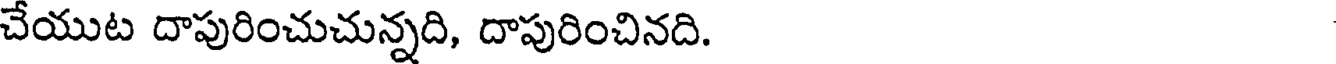
చేయుట దాపురించుచున్నది, దాపురించినది.